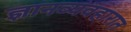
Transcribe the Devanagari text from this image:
ज्ञानव्यवहारात